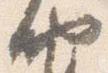
納